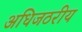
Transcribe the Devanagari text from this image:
अधिजठरीय